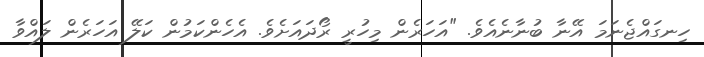
ހިނގައްޖެނަމަ އޭނާ ބުނާނެއެވެ. "އަހަރެން މިހުރީ ރޯދައަށެވެ. އެހެންކަމުން ކަލޭ އަހަރެން ލައްވާ